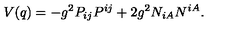
V ( q ) = - g ^ { 2 } P _ { i j } P ^ { i j } + 2 g ^ { 2 } N _ { i A } N ^ { i A } .